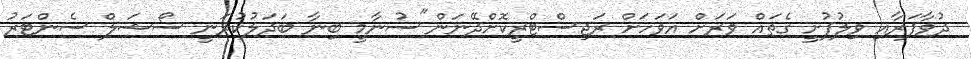
ދުވާފަރާއި ވިލުފުށީ ގެތައް ވަރަށް އަވަހަށް ރަޖިސްޓްރީކޮށްދޭނަން"ސުނާމީ ބިނާ ބަދަލުކުރަނީ ސޯޝަލް ސެންޓަރު